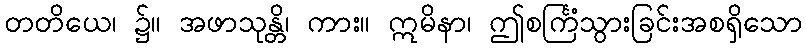
တတိယေ၊ ၌။ အဖာသုန္တိ၊ ကား။ ဣမိနာ၊ ဤစင်္ကြံသွားခြင်းအစရှိသော